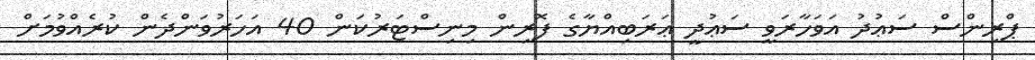
ޕްރިންސް ސަޢުދު އަވަހާރަވީ ސަޢުދީ ޢަރަބިއްޔާގެ ފޮރިން މިނިސްޓަރުކަން 40 އަހަރުވަންދެން ކުރެއްވުމަށް